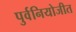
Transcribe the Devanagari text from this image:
पुर्वनियोजीत